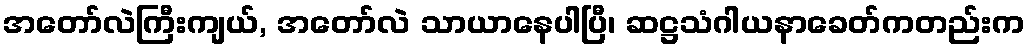
အတော်လဲကြီးကျယ်, အတော်လဲ သာယာနေပါပြီ၊ ဆဋ္ဌသံဂါယနာခေတ်ကတည်းက